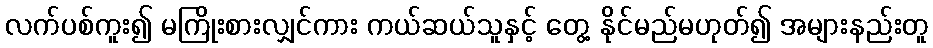
လက်ပစ်ကူး၍ မကြိုးစားလျှင်ကား ကယ်ဆယ်သူနှင့် တွေ့ နိုင်မည်မဟုတ်၍ အများနည်းတူ